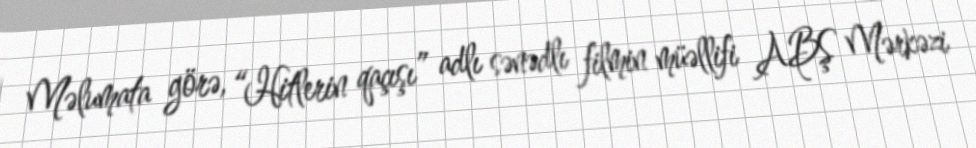
Məlumata görə, “Hitlerin qaçışı” adlı sənədlı filmin müəllifi ABŞ Mərkəzi